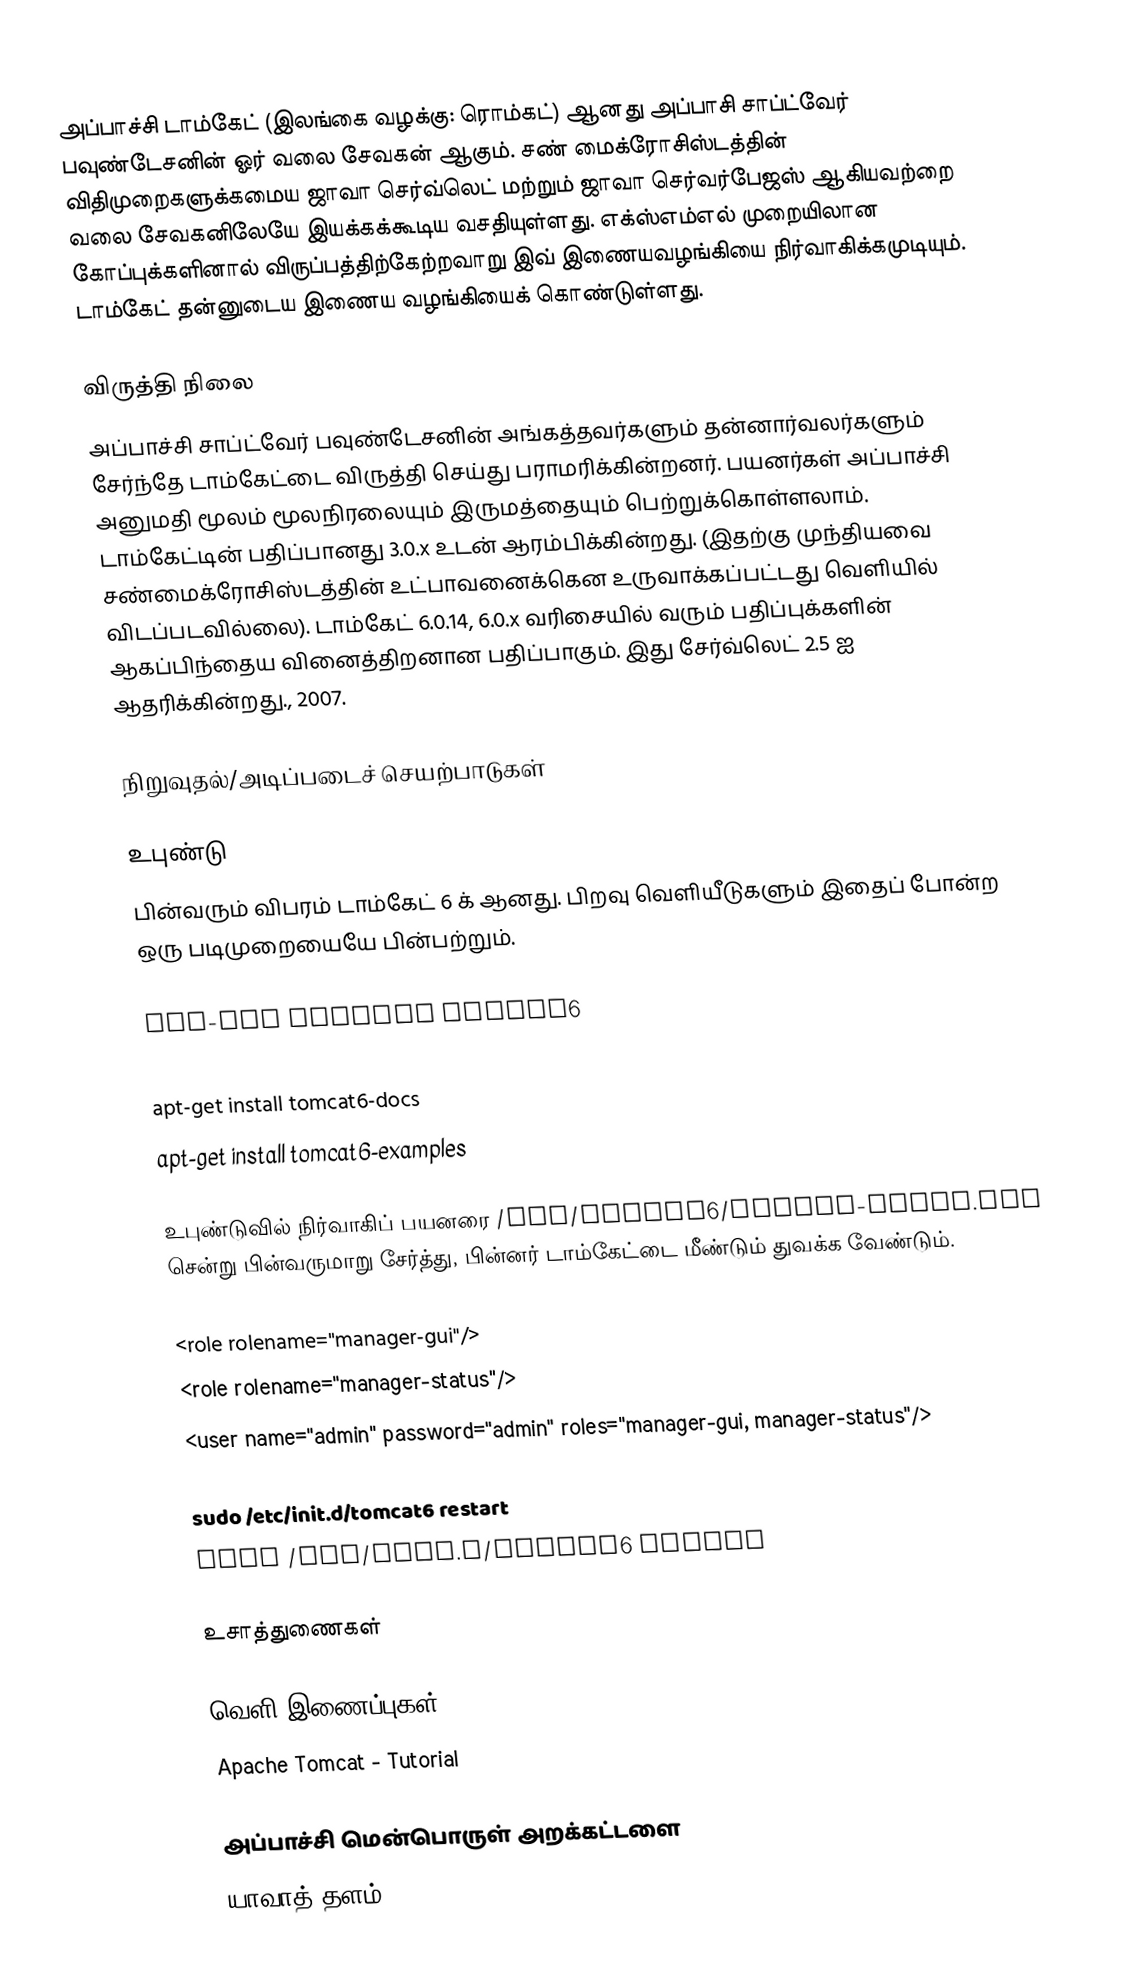
அப்பாச்சி டாம்கேட் (இலங்கை வழக்கு: ரொம்கட்) ஆனது அப்பாசி சாப்ட்வேர் பவுண்டேசனின் ஓர் வலை சேவகன் ஆகும். சண் மைக்ரோசிஸ்டத்தின் விதிமுறைகளுக்கமைய ஜாவா செர்வ்லெட் மற்றும் ஜாவா செர்வர்பேஜஸ் ஆகியவற்றை வலை சேவகனிலேயே இயக்கக்கூடிய வசதியுள்ளது. எக்ஸ்எம்எல் முறையிலான கோப்புக்களினால் விருப்பத்திற்கேற்றவாறு இவ் இணையவழங்கியை நிர்வாகிக்கமுடியும். டாம்கேட் தன்னுடைய இணைய வழங்கியைக் கொண்டுள்ளது.

விருத்தி நிலை
அப்பாச்சி சாப்ட்வேர் பவுண்டேசனின் அங்கத்தவர்களும் தன்னார்வலர்களும் சேர்ந்தே டாம்கேட்டை விருத்தி செய்து பராமரிக்கின்றனர். பயனர்கள் அப்பாச்சி அனுமதி மூலம் மூலநிரலையும் இருமத்தையும் பெற்றுக்கொள்ளலாம். டாம்கேட்டின் பதிப்பானது 3.0.x உடன் ஆரம்பிக்கின்றது. (இதற்கு முந்தியவை சண்மைக்ரோசிஸ்டத்தின் உட்பாவனைக்கென உருவாக்கப்பட்டது வெளியில் விடப்படவில்லை). டாம்கேட்  6.0.14, 6.0.x வரிசையில் வரும் பதிப்புக்களின் ஆகப்பிந்தைய வினைத்திறனான பதிப்பாகும். இது சேர்வ்லெட் 2.5 ஐ ஆதரிக்கின்றது., 2007.

நிறுவுதல்/அடிப்படைச் செயற்பாடுகள்

உபுண்டு
பின்வரும் விபரம் டாம்கேட் 6 க் ஆனது.  பிறவு வெளியீடுகளும் இதைப் போன்ற ஒரு படிமுறையையே பின்பற்றும்.

apt-get install tomcat6
apt-get install tomcat6-admin
apt-get install tomcat6-docs
apt-get install tomcat6-examples

உபுண்டுவில் நிர்வாகிப் பயனரை /etc/tomcat6/tomcat-users.xml சென்று பின்வருமாறு சேர்த்து, பின்னர் டாம்கேட்டை மீண்டும் துவக்க வேண்டும்.

<role rolename="manager-gui"/>
<role rolename="manager-status"/>
<user name="admin" password="admin" roles="manager-gui, manager-status"/>

sudo /etc/init.d/tomcat6 restart
sudo /etc/init.d/tomcat6 status

உசாத்துணைகள்

வெளி இணைப்புகள்
 Apache Tomcat - Tutorial

அப்பாச்சி மென்பொருள் அறக்கட்டளை
யாவாத் தளம்